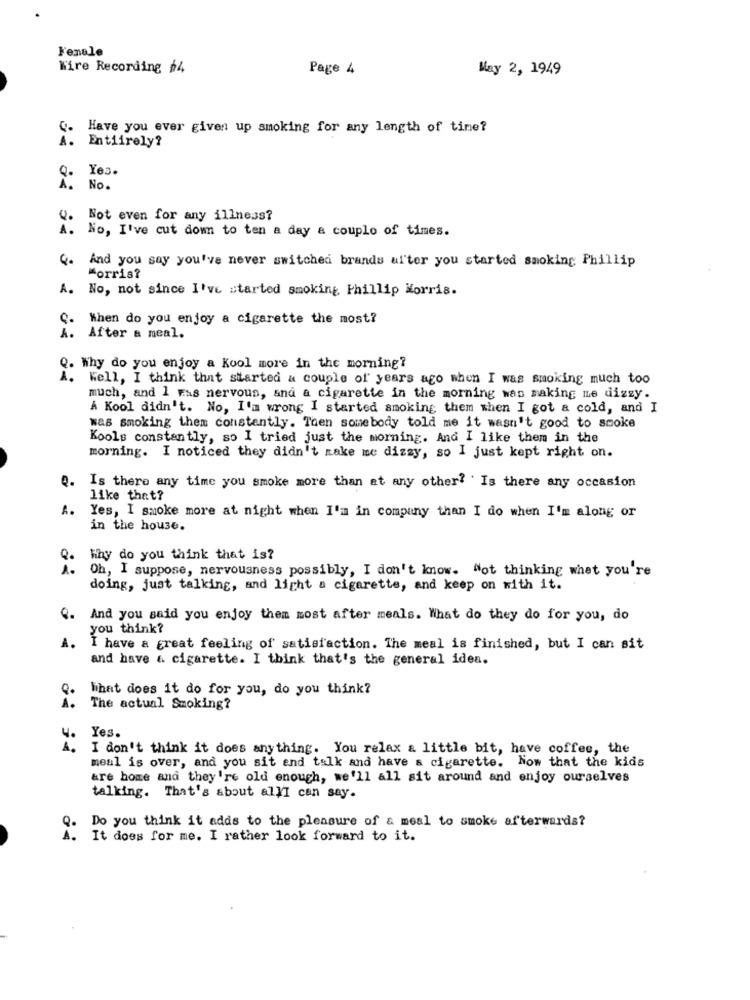
Female
Wire Recording $4
Page 4
May 2, 1949
Have you ever given up smoking for any length of time?
A .
Entiirely?
Yes.
No.
Not even for any illness?
No, I've cut down to ten a day a couple of times.
4.
And you say you've never switched brands al'ter you started smoking Phillip
Morris?
A. No, not since I've started smoking Phillip Morris.
Q. When do you enjoy a cigarette the most?
A. After & meal.
Q. Why do you enjoy a Kool more in the morning?
A. Well, I think that started a couple of years ago when I was smoking much too
much, and 1 Fas nervous, and a cigarette in the morning was making me dizzy.
A Kool didn't. No, I'm wrong I started smoking them when I got a cold, and I
was Smoking them constantly. Then somebody told me it wasn't good to smoke
Kools constantly, so I tried just the morning. And I like them in the
morning. I noticed they didn't make me dizzy, so I just kept right on.
Q.
Is there any time you smoke more than at any other? . Is there any occasion
like that?
A.
Yes, I smoke more at night when I'm in company than I do when I'm along or
in the house.
Why do you think that is?
Oh, I suppose, nervousness possibly, I don't know. Not thinking what you're
doing, just talking, and light a cigarette, and keep on with it.
Q.
And you said you enjoy them most after meals. What do they do for you, do
you think?
A.
I have a great feeling of satisfaction. The meal is finished, but I can sit
and have & cigarette. I think that's the general idea.
What does it do for you, do you think?
The actual Smoking?
Yes.
I don't think it does anything. You relax a little bit, have coffee, the
meal is over, and you sit and talk and have a cigarette. Now that the kids
are home and they're old enough, we'll all sit around and enjoy ourselves
talking. That's about allI can say.
Do you think it adds to the pleasure of & meal to smoke afterwards?
It does for me. I rather look forward to it.